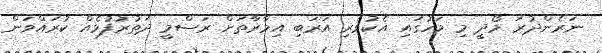
ނަރެންދުރަ މޯދީ މި މަހުގައި އެކުވެރި އަރަބި އިމާރާތަށް ރަސްމީ ދަތުރުފުޅެއް ކުރައްވަން